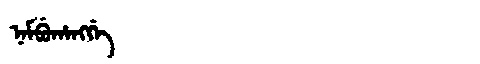
Manchu: ᠨᠠᠮᠪᡠᡥᠠᠩᡤᡝ
Romanization: NAMBUHANGGE